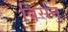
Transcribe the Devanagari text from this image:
विर्सनु